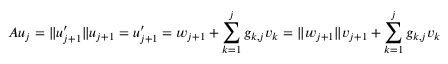
A u _ { j } = \| u _ { j + 1 } ^ { \prime } \| u _ { j + 1 } = u _ { j + 1 } ^ { \prime } = w _ { j + 1 } + \sum _ { k = 1 } ^ { j } g _ { k , j } v _ { k } = \| w _ { j + 1 } \| v _ { j + 1 } + \sum _ { k = 1 } ^ { j } g _ { k , j } v _ { k }